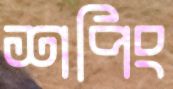
শপিং